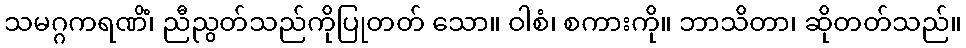
သမဂ္ဂကရဏိံ၊ ညီညွတ်သည်ကိုပြုတတ် သော။ ဝါစံ၊ စကားကို။ ဘာသိတာ၊ ဆိုတတ်သည်။